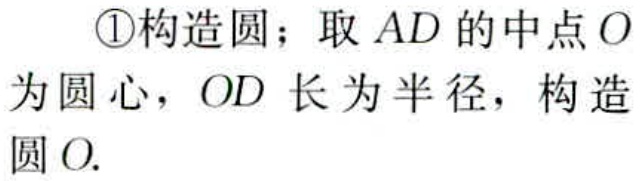
\textcircled{1}构造圆；取 \(AD\) 的中点 \(O\) 为圆心，\(OD\) 长为半径，构造圆 \(O\).